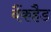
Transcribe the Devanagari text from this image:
बैंकहैड